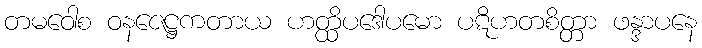
တမဝေါစ ဝနဇေဋ္ဌကတာယ ဟတ္ထိပဒေါပမော ပဋိဟတစိတ္တာ ဖန္ဒာပနေ